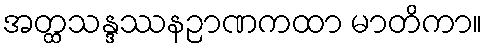
အတ္ထသန္ဒဿနဉာဏကထာ မာတိကာ။